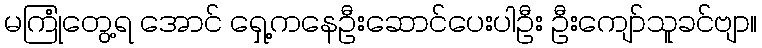
မကြုံတွေ့ရ အောင် ရှေ့ကနေဦးဆောင်ပေးပါဦး ဦးကျော်သူခင်ဗျာ။